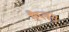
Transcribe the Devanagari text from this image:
गैप्लस